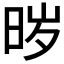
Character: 𱢁